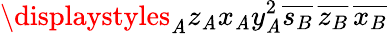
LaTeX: \displaystyles_{\mathit{A}}z_{\mathit{A}}x_{\mathit{A}}y_{\mathit{A}}^{2}\overline{{{s_{B}}}}\, \overline{{{z_{B}}}}\, \overline{{{x_{B}}}}